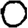
Digit: 0